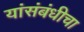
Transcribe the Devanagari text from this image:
यांसंबंधीचा